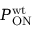
P _ { \mathrm { O N } } ^ { \mathrm { w t } }